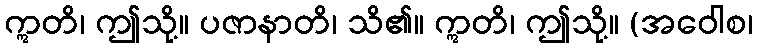
ဣတိ၊ ဤသို့။ ပဇာနာတိ၊ သိ၏။ ဣတိ၊ ဤသို့။ (အဝေါစ၊